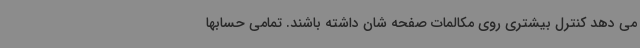
می دهد کنترل بیشتری روی مکالمات صفحه شان داشته باشند. تمامی حسابها